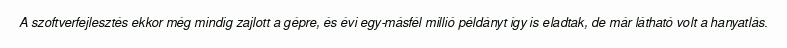
A szoftverfejlesztés ekkor még mindig zajlott a gépre, és évi egy-másfél millió példányt így is eladtak, de már látható volt a hanyatlás.